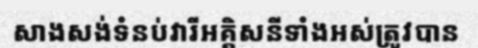
សាងសង់ទំនប់វារីអគ្គិសនីទាំងអស់ត្រូវបាន